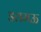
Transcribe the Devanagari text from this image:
डलमऊ